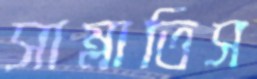
সাম্‌লাতিস